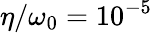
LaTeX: \eta/\omega_{0}=10^{-5}